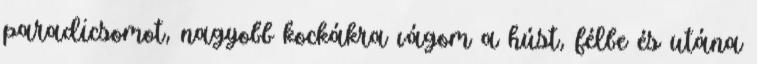
paradicsomot, nagyobb kockákra vágom a húst, félbe és utána